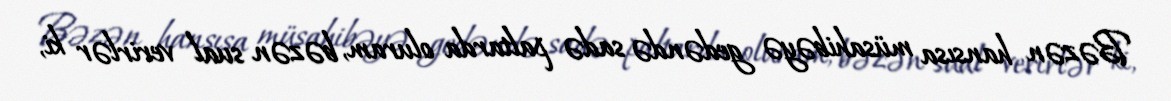
Bəzən hansısa müsahibəyə gedəndə sadə paltarda oluram, bəzən sual verirlər ki,